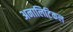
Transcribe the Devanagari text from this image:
अनालिटिकल